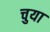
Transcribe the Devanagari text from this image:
चुया